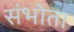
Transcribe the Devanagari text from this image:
संभोता